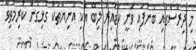
މި ދިރާސާގައި ބުނެފައި ވަނީ ކުޑައިރު ލިބޭ އެކި އަނިޔާތަކާ ގުޅިގެން ކުރިމަތިވާ